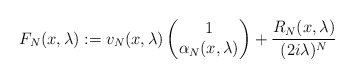
\begin{align*}F_N(x,\lambda) := v_N(x,\lambda) \begin{pmatrix}1 \\ \alpha_N(x,\lambda) \end{pmatrix} + \frac{R_N(x,\lambda)}{(2i\lambda)^N}\end{align*}